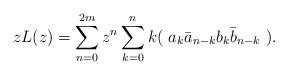
LaTeX: \begin{align*} zL(z) = \sum_{n=0}^{2m} z^{n} \sum_{k=0}^n k ( \ a_k \bar a_{n-k} b_k \bar b_{n-k} \ ). \end{align*}